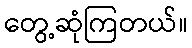
တွေ့ဆုံကြတယ်။